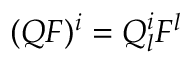
( Q F ) ^ { i } = Q _ { l } ^ { i } F ^ { l }